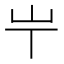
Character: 𡴶